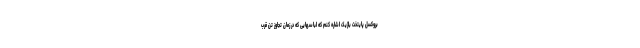
بروکسل پایتخت بلژیک اشاره کنم که لباسهایی که در زمان تجاوز تن قرب